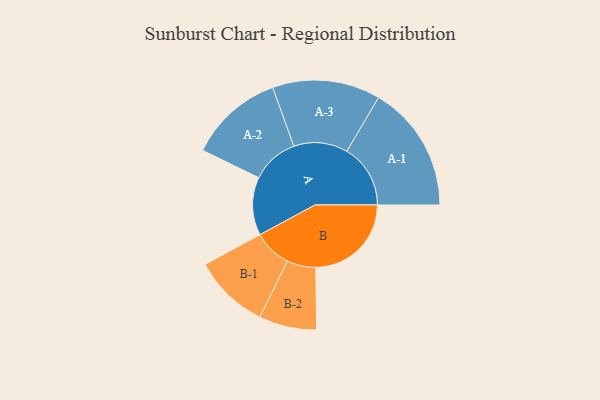
{"axis": {"x": "Segment", "y": "Value"}, "legend": ["", "A", "B"], "data": [{"x": "A", "y": 222, "type": ""}, {"x": "B", "y": 365, "type": ""}, {"x": "A-1", "y": 243, "type": "A"}, {"x": "A-2", "y": 181, "type": "A"}, {"x": "A-3", "y": 206, "type": "A"}, {"x": "B-1", "y": 145, "type": "B"}, {"x": "B-2", "y": 110, "type": "B"}]}